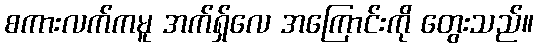
စကားလက်ကမူ အက်ရှ်လေ အကြောင်းကို တွေးသည်။